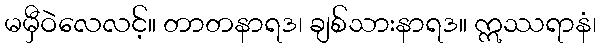
မမှီဝဲလေလင့်။ တာတနာရဒ၊ ချစ်သားနာရဒ။ ဣဿရာနံ၊